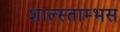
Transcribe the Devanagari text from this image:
शाल्स्ताम्भस